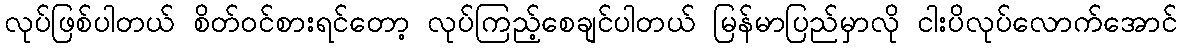
လုပ်ဖြစ်ပါတယ် စိတ်ဝင်စားရင်တော့ လုပ်ကြည့်စေချင်ပါတယ် မြန်မာပြည်မှာလို ငါးပိလုပ်လောက်အောင်